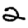
Digit: 2